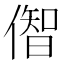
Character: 𫣠